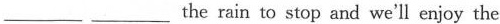
___ ___ the rain to stop and we'll enjoy the